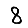
Digit: 8